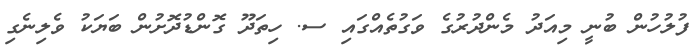
ފުލުހުން ބުނީ މިއަދު މެންދުރުގެ ވަގުތެއްގައި ސ. ހިތަދޫ ގޮންޑުދޮށުން ބަޔަކު ވެލިނެގި